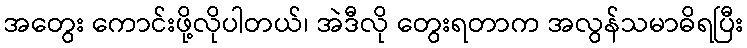
အတွေး ကောင်းဖို့လိုပါတယ်၊ အဲဒီလို တွေးရတာက အလွန်သမာဓိရပြီး